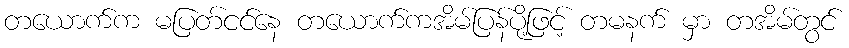
တယောက်က မပြတ်ငင်နေ တယောက်ကအိမ်ပြန်ပို့ဖြင့် တမနက် မှာ တအိမ်တွင်